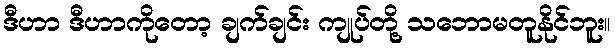
ဒီဟာ ဒီဟာကိုတော့ ချက်ချင်း ကျုပ်တို့ သဘောမတူနိုင်ဘူး။